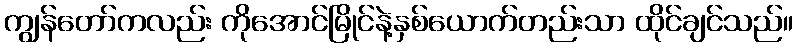
ကျွန်တော်ကလည်း ကိုအောင်မြိုင်နဲ့နှစ်ယောက်တည်းသာ ထိုင်ချင်သည်။